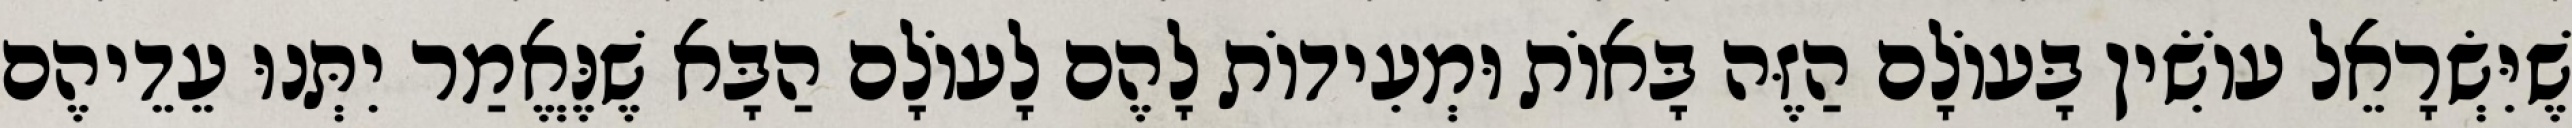
שֶׁיִּשְׂרָאֵל עוֹשִׂין בָּעוֹלָם הַזֶּה בָּאוֹת וּמְעִידוֹת לָהֶם לָעוֹלָם הַבָּא שֶׁנֶּאֱמַר יִתְּנוּ עֵדֵיהֶם